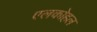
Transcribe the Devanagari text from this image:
एलकोहल